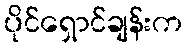
ပိုင်ရှောင်ချန်းက